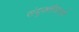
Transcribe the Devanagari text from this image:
संयुक्तीकपणे